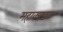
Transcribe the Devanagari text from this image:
महाकरंडक